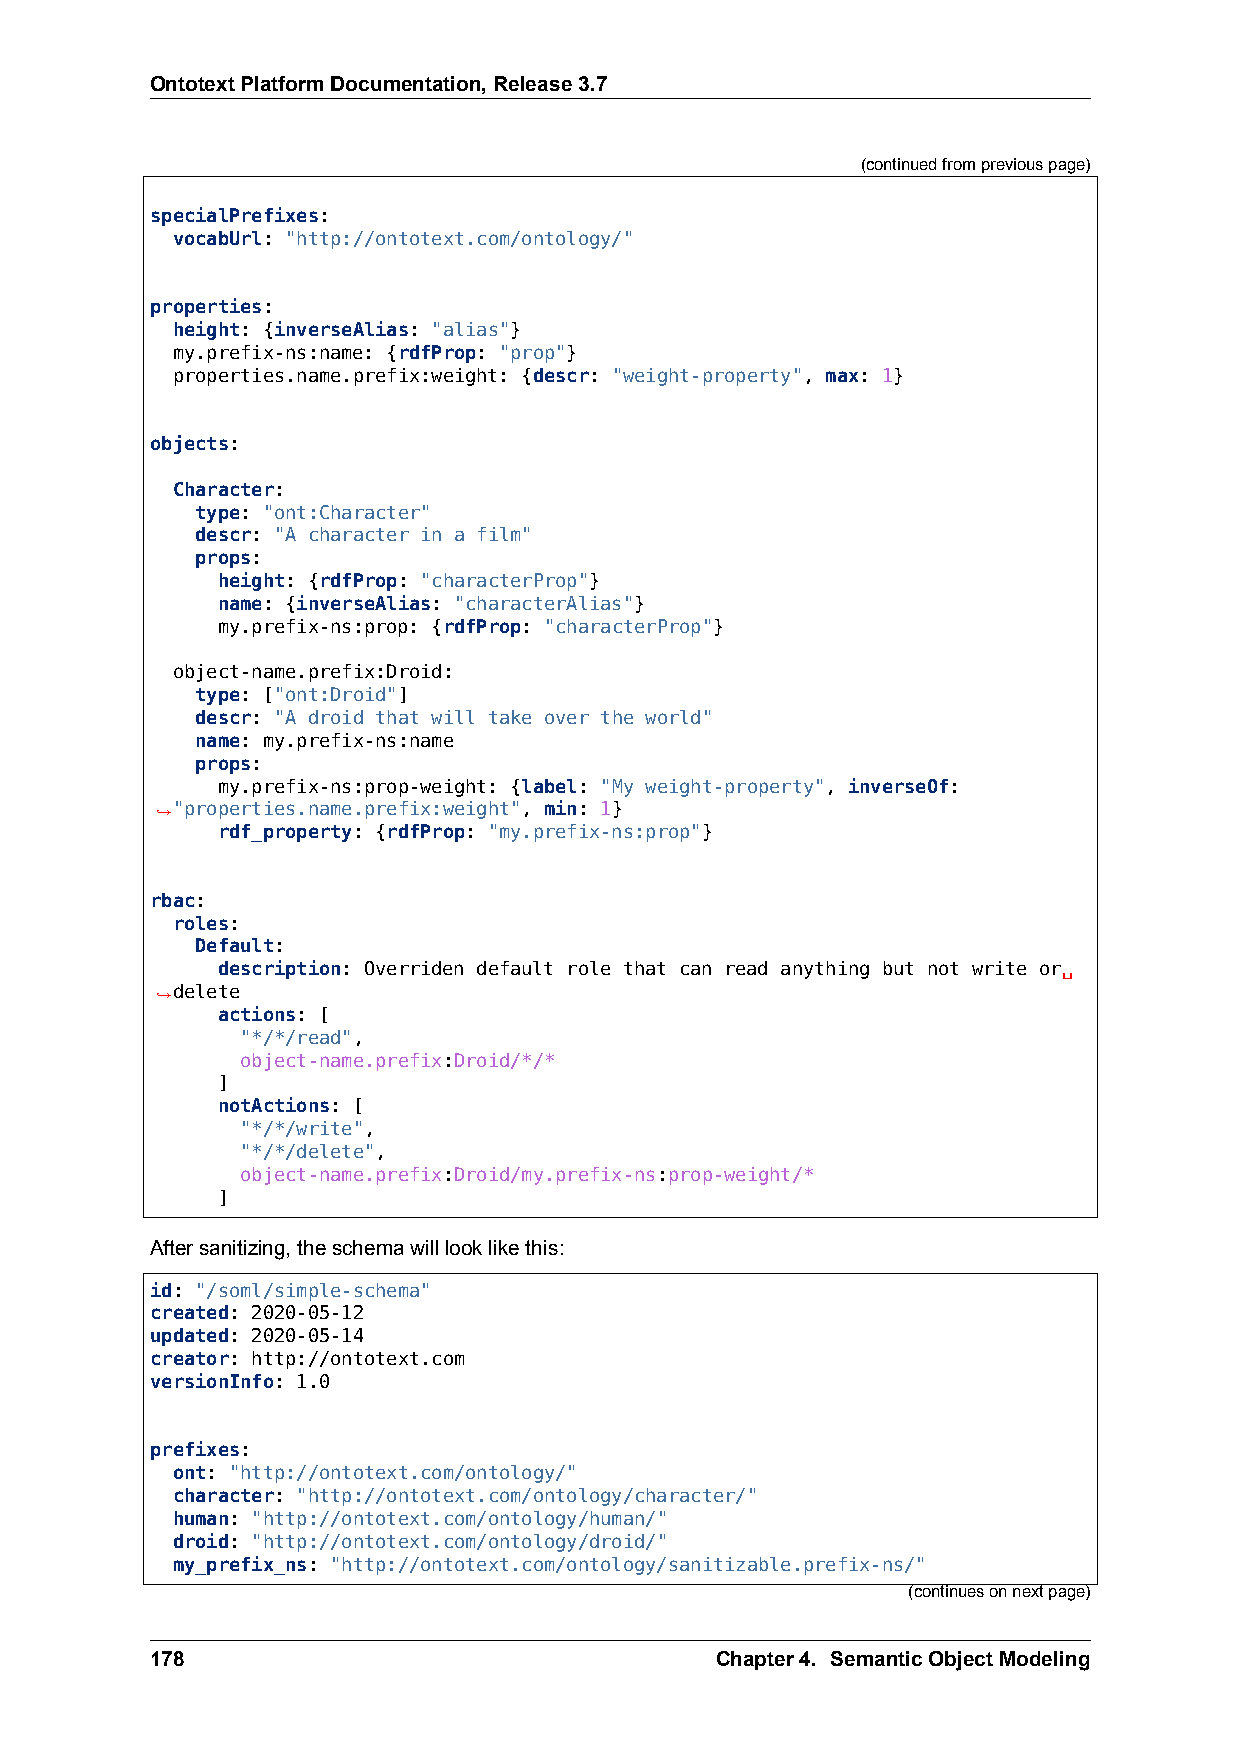
OntotextPlatformDocumentation,Release3.7
 (continuedfrompreviouspage)
 specialPrefixes:
 vocabUrl: "http://ontotext.com/ontology/"
 properties:
 height: {inverseAlias: "alias"}
 my.prefix-ns:name: {rdfProp: "prop"}
 properties.name.prefix:weight: {descr: "weight-property", max: 1}
 objects:
 Character:
 type: "ont:Character"
 descr: "A character in a film"
 props:
 height: {rdfProp: "characterProp"}
 name: {inverseAlias: "characterAlias"}
 my.prefix-ns:prop: {rdfProp: "characterProp"}
 object-name.prefix:Droid:
 type: ["ont:Droid"]
 descr: "A droid that will take over the world"
 name: my.prefix-ns:name
 props:
 my.prefix-ns:prop-weight: {label: "My weight-property", inverseOf:
 ,→"properties.name.prefix:weight", min: 1}
 rdf_property: {rdfProp: "my.prefix-ns:prop"}
 rbac:
 roles:
 Default:
 description: Overriden default role that can read anything but not write or␣
 ,→delete
 actions: [
 "*/*/read",
 object-name.prefix:Droid/*/*
 ]
 notActions: [
 "*/*/write",
 "*/*/delete",
 object-name.prefix:Droid/my.prefix-ns:prop-weight/*
 ]
 Aftersanitizing,theschemawilllooklikethis:
 id: "/soml/simple-schema"
 created: 2020-05-12
 updated: 2020-05-14
 creator: http://ontotext.com
 versionInfo: 1.0
 prefixes:
 ont: "http://ontotext.com/ontology/"
 character: "http://ontotext.com/ontology/character/"
 human: "http://ontotext.com/ontology/human/"
 droid: "http://ontotext.com/ontology/droid/"
 my_prefix_ns: "http://ontotext.com/ontology/sanitizable.prefix-ns/"
 (continuesonnextpage)
 178                                  Chapter4. SemanticObjectModeling